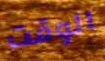
الوقت